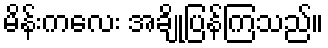
မိန်းကလေး အချို့ပြန်ကြသည်။